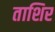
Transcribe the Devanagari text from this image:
ताशिर